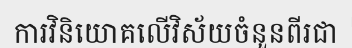
ការវិនិយោគលើវិស័យចំនួនពីរជា